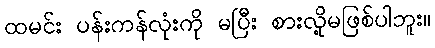
ထမင်း ပန်းကန်လုံးကို မပြီး စားလို့မဖြစ်ပါဘူး။